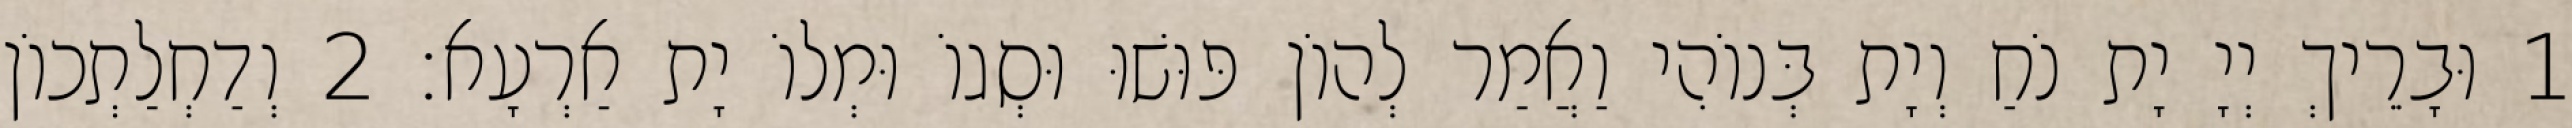
1 וּבָרֵיךְ יְיָ יָת נֹחַ וְיָת בְּנוֹהִי וַאֲמַר לְהוֹן פּוּשׁוּ וּסְגוֹ וּמְלוֹ יָת אַרְעָא׃ 2 וְדַחְלַתְכוֹן